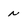
Character: N